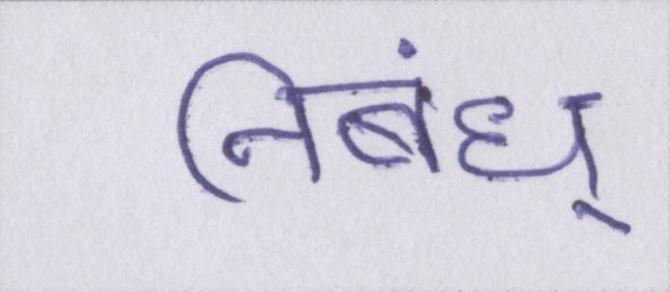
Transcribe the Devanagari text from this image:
निबंध्